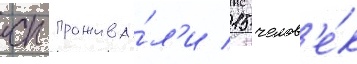
сп прожива́л'и 15 челов'е́к